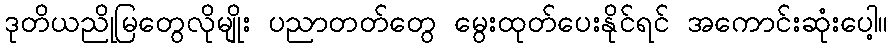
ဒုတိယညိုမြတွေလိုမျိုး ပညာတတ်တွေ မွေးထုတ်ပေးနိုင်ရင် အကောင်းဆုံးပေါ့။